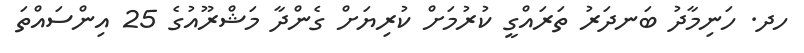
ހދ. ހަނިމާދު ބަނދަރު ތަރައްގީ ކުރުމަށް ކުރިޔަށް ގެންދާ މަޝްރޫއުގެ 25 އިންސައްތަ